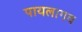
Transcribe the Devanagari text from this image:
पायलागव